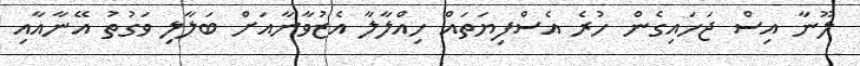
ލޫނާ އިސް ޖަހައިގެން ހުރެ އެސްފިޔަތައް ހިއްލާލާ އެޒުވާނާއަށް ބަލާލި ވަގުތު އޭނާއާއި